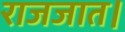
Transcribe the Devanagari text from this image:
राजजात।